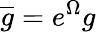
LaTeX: \overline{{{g}}}=e^{\Omega}g